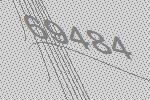
69484